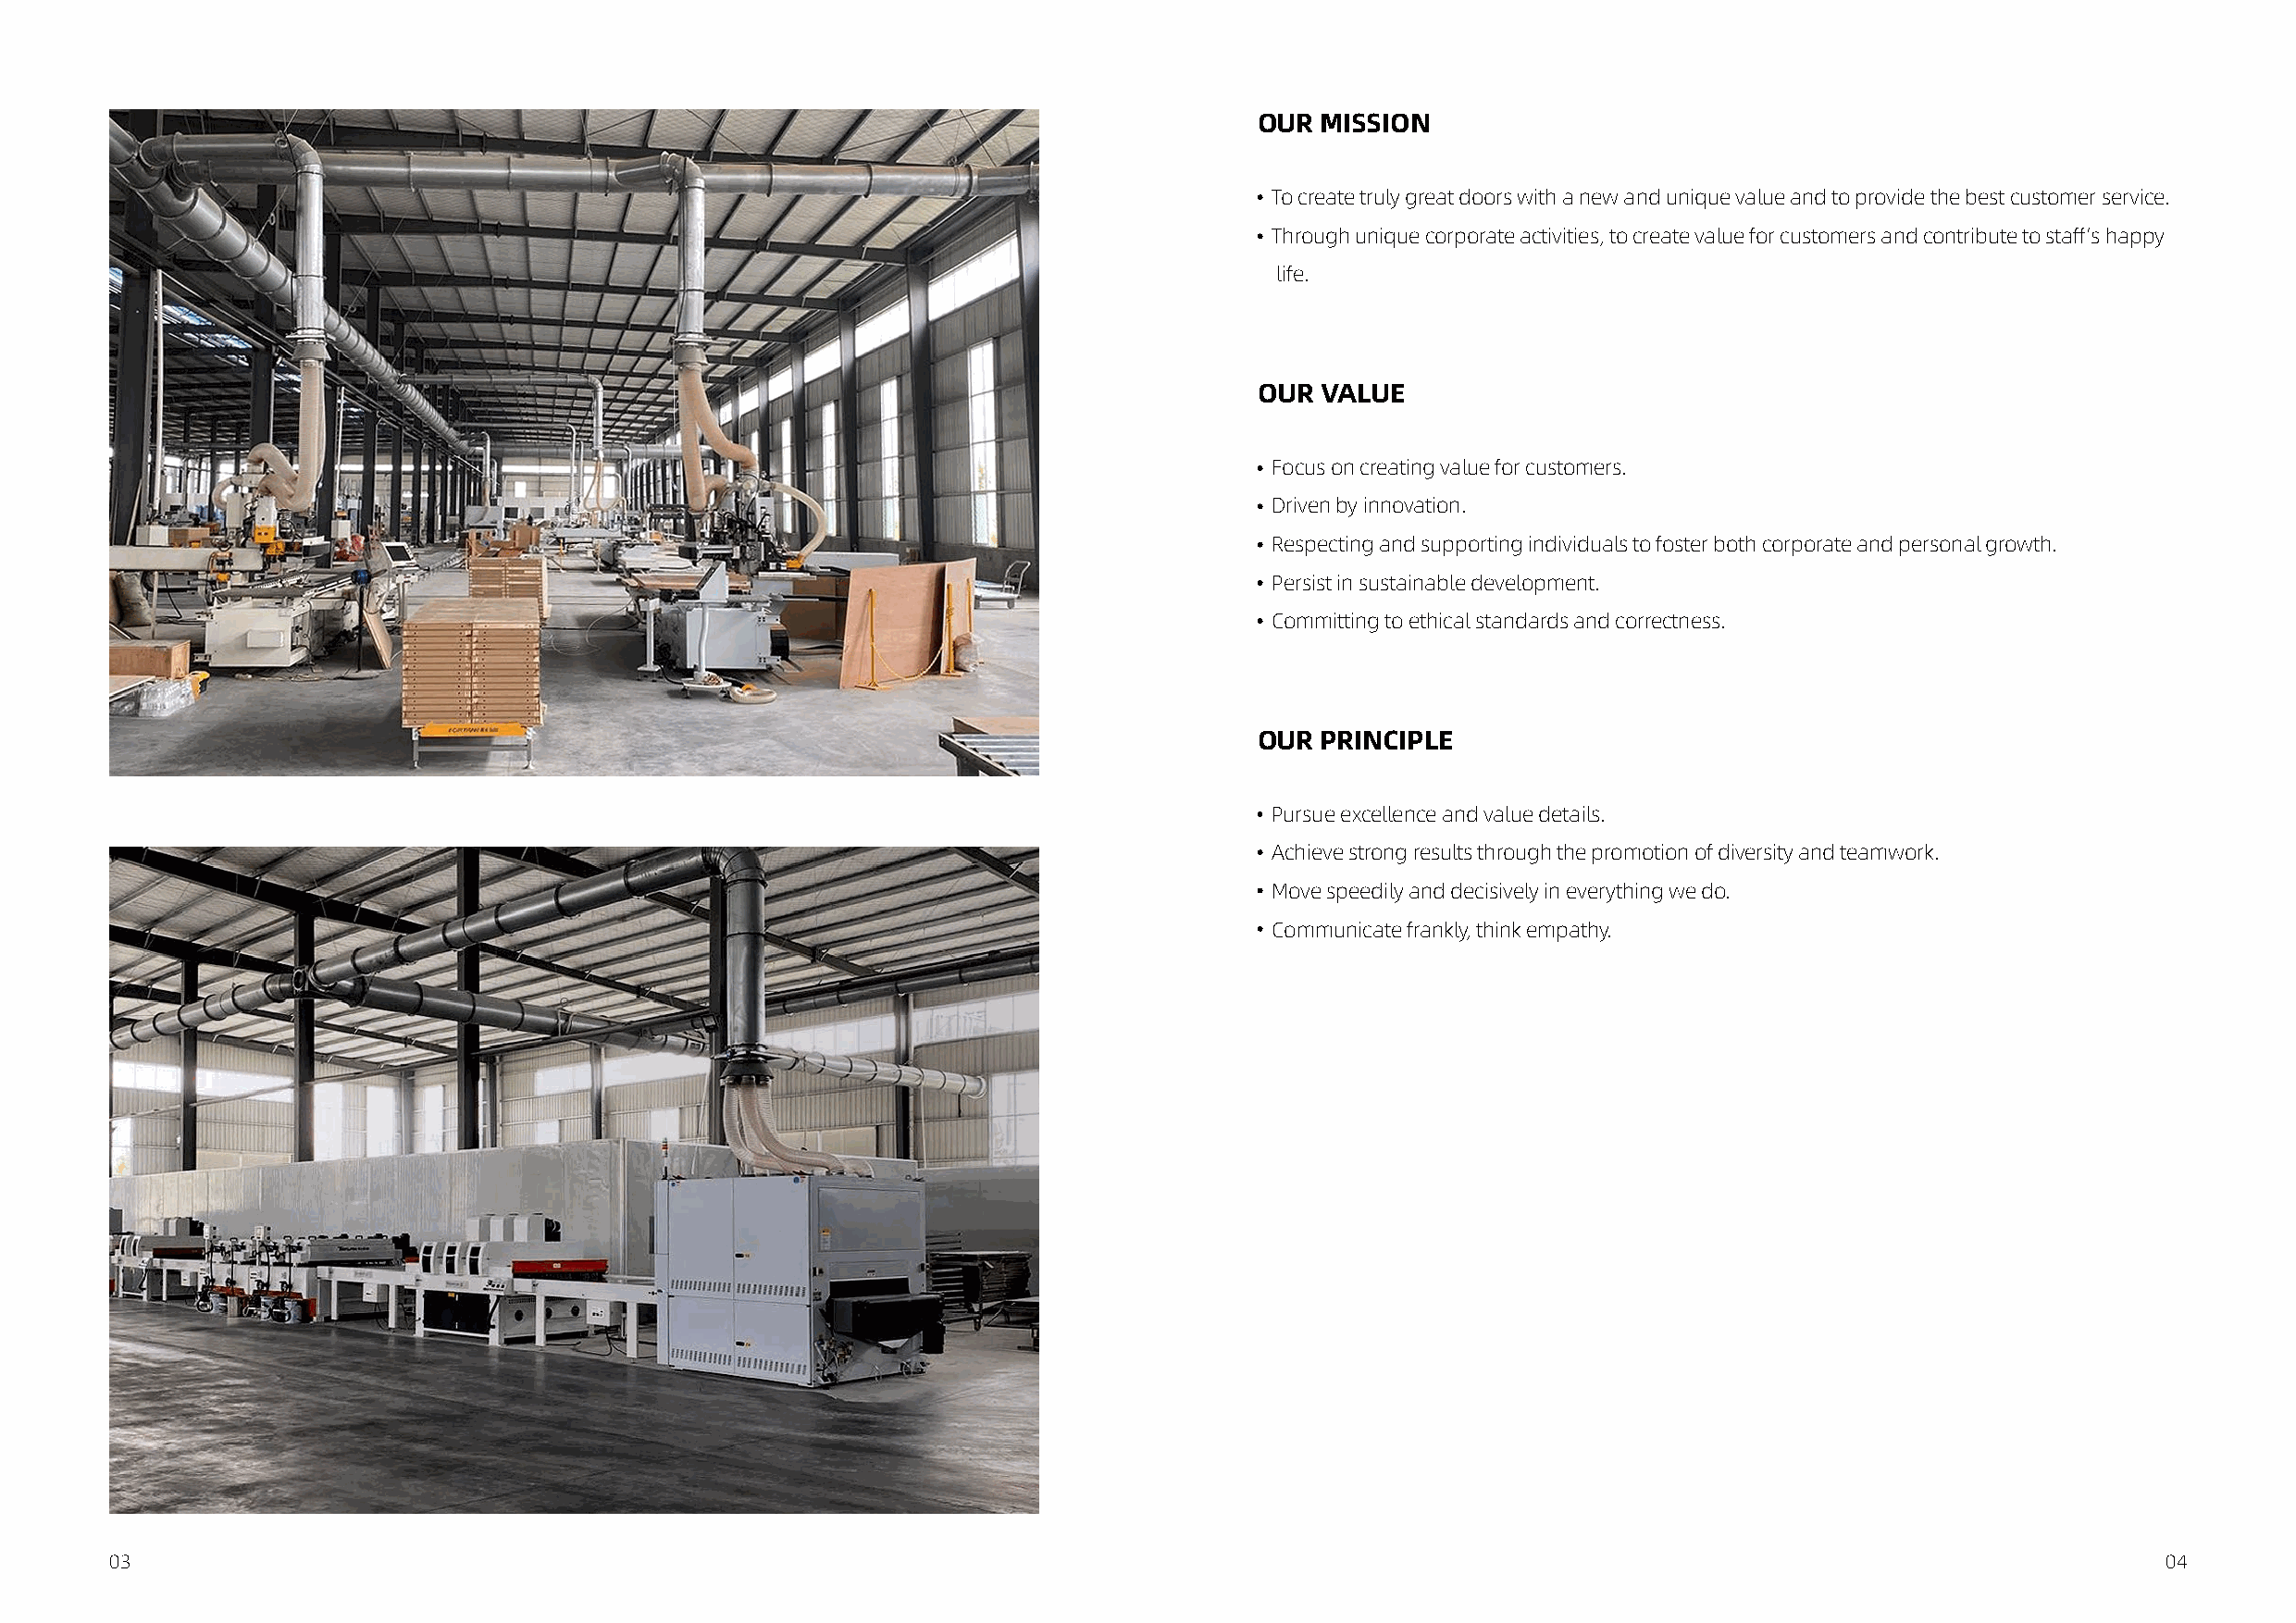
OUR MISSION
 To create truly great doors with a new and unique value and to provide the best customer service.
 Through unique corporate activities, to create value for customers and contribute to staff’s happy
 life.
 OUR VALUE
 Focus on creating value for customers.
 Driven by innovation.
 Respecting and supporting individuals to foster both corporate and personal growth.
 Persist in sustainable development.
 Committing to ethical standards and correctness.
 OUR PRINCIPLE
 Pursue excellence and value details.
 Achieve strong results through the promotion of diversity and teamwork.
 Move speedily and decisively in everything we do.
 Communicate frankly, think empathy.
 03                                                                                                                                                 04